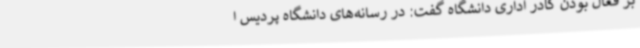
بر فعال بودن کادر اداری دانشگاه گفت: در رسانه‌های دانشگاه پردیس ا